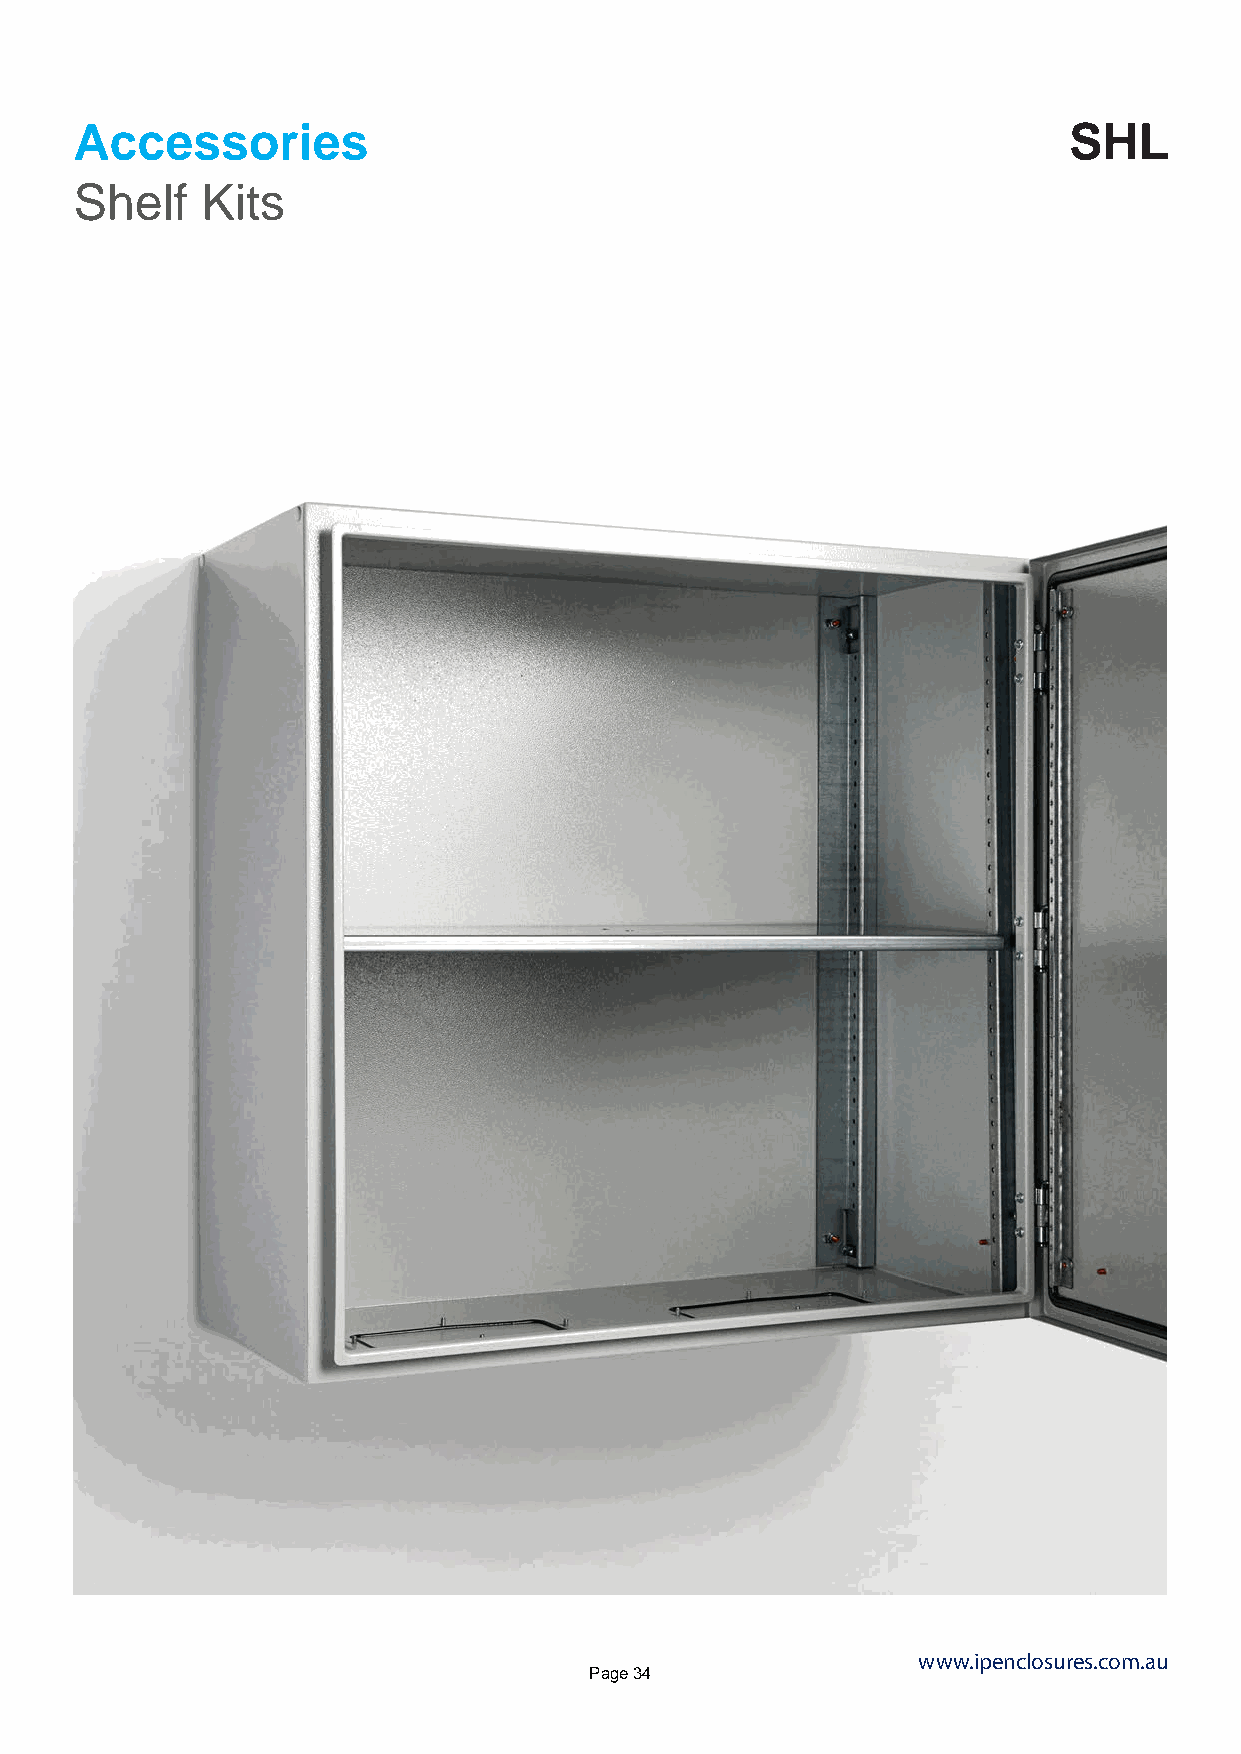
Accessories                                                       SHL
 Shelf   Kits
 www.ipenclosures.com.au
 Page 34